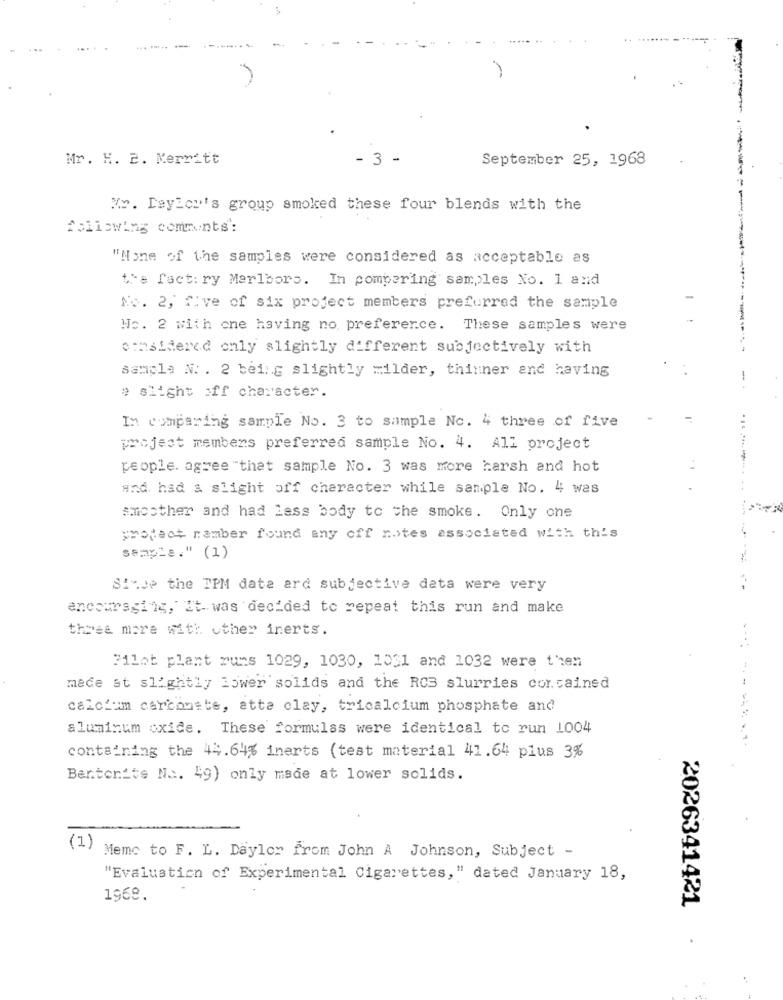
Mr. K. 2. Merritt
- 3 -
September 25, 1968
Mr. Taylor's group smoked these four blends with the
following comments:
"None of the samples were considered as acceptable as
the fact: ry Marlbors. In pompering samples No. 1 and
No. 2, five of six project members preferred the sample
No. 2 with one having no preference. These samples were
ommsidered only slightly different subjectively with
sample N. . 2 being slightly =ilder, thinner and having
# slight off character.
In comparing sample No. 3 to sample Nc. 4 three of five
project members preferred sample No. 4. All project
people. agree "that sample No. 3 was more harsh and hot
and. had & slight off character while sample No. 4 was
smoother and had less body to the smoke. Only one
protect nember found any off rotes associated with this
sample." (1)
Since the TPM date ard subjective data were very
- --
encouraging, It- was decided to repeat this run and make
three more with other inerts.
Pilot plant runs 1029, 1030, 1031 and 1032 were then
made at slightly lower solids and the ROS slurries contained
calcium carbonate, atte clay, tricalcium phosphate and
aluminum oxide. These formulas were identical to run 1004
....
containing the 44.64% inerts (test material 41.64 plus 3%
Bentonite No. 49) only made at lower solids.
(1)
Memo to F. L. Daylor from John A Johnson, Subject -
"Evaluation of Experimental Cigarettes," dated January 18,
1968.
2026341421